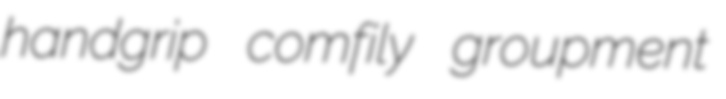
handgrip comfily groupment